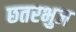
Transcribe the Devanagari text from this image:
छतरभुज